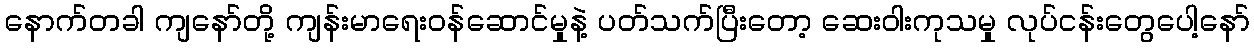
နောက်တခါ ကျနော်တို့ ကျန်းမာရေးဝန်ဆောင်မှုနဲ့ ပတ်သက်ပြီးတော့ ဆေးဝါးကုသမှု လုပ်ငန်းတွေပေါ့နော်